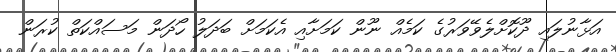
އަޅާނުލައި ދޫކޮށްލެވޭވަރުގެ ކަމެއް ނޫން ކަމަށާއި އެކަމަށް ބަދަލު ހޯދަން މަސައްކަތް ކުރަން